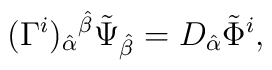
(\Gamma^i)_{\hat \alpha}{}^{\hat \beta}\tilde \Psi_{\hat \beta}=D_{\hat \alpha}\tilde \Phi^i,